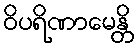
ဝိပရိဏာမေန္တိ